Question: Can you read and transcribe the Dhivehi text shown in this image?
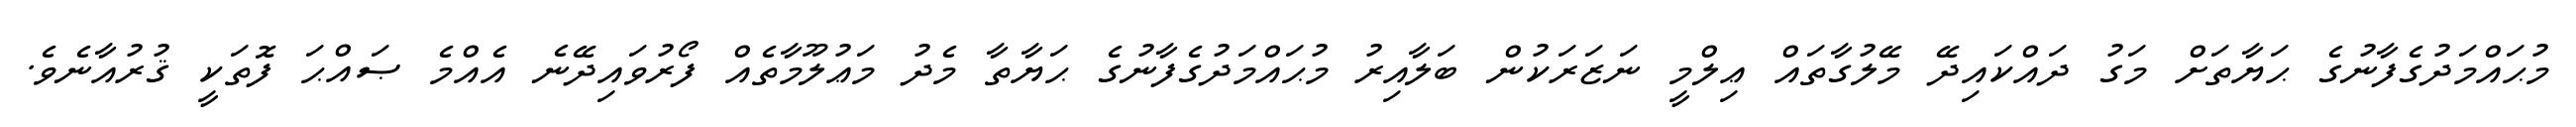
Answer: މުޙައްމަދުގެފާނުގެ ޙަޔާތަށް މަގު ދައްކައިދޭ މޭލުގާތައް ޢިލްމީ ނަޒަރަކުން ބަލާއިރު މުޙައްމަދުގެފާނުގެ ޙަޔާތާ މެދު މަޢުލޫމާތެއް ފޯރުވައިދޭނެ އެއްމެ ޞައްޙަ ފޮތަކީ ޤުރުއާނެވެ.